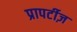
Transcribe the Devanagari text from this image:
प्रापर्टीज़